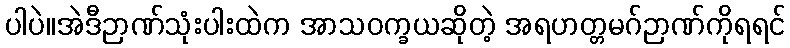
ပါပဲ။အဲဒီဉာဏ်သုံးပါးထဲက အာသဝက္ခယဆိုတဲ့ အရဟတ္တမဂ်ဉာဏ်ကိုရရင်